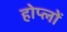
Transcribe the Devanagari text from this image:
होप्लों